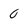
Character: 0